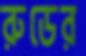
রুডের